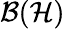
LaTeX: {\mathcal{B}}({\mathcal{H}})